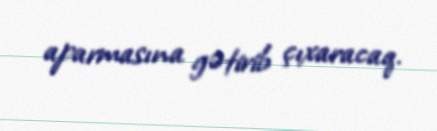
aparmasına gətirib çıxaracaq.